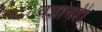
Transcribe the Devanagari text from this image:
यज्ञाचेही